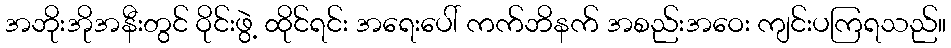
အဘိုးအိုအနီးတွင် ဝိုင်းဖွဲ့ ထိုင်ရင်း အရေးပေါ် ကက်ဘိနက် အစည်းအဝေး ကျင်းပကြရသည်။